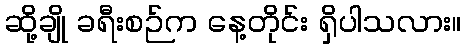
ဆို့ချို ခရီးစဉ်က နေ့တိုင်း ရှိပါသလား။